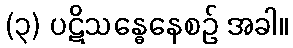
(၃) ပဋိသန္ဓေနေစဉ် အခါ။